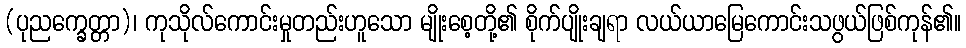
(ပုညက္ခေတ္တာ)၊ ကုသိုလ်ကောင်းမှုတည်းဟူသော မျိုးစေ့တို့၏ စိုက်ပျိုးချရာ လယ်ယာမြေကောင်းသဖွယ်ဖြစ်ကုန်၏။